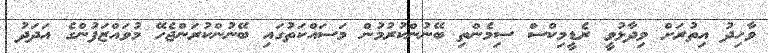
ވާހިދު އިތުރަށް ވިދާޅުވީ ރެޑީމިކްސް ސިމެންތި ބޭނުންކުރުމުން މަސައްކަތުގައި ބޭނުންކުރަންޖެހޭ މުވައްޒަފުންގެ އަދަދު